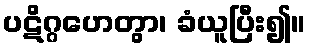
ပဋိဂ္ဂဟေတွာ၊ ခံယူပြီး၍။